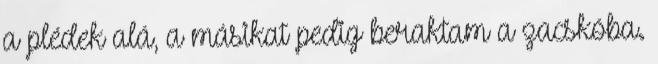
a plédek alá, a másikat pedig beraktam a zacskóba.